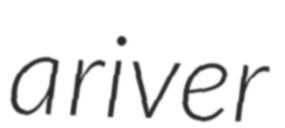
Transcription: a river